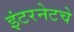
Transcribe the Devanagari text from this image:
इंटरनेटचे